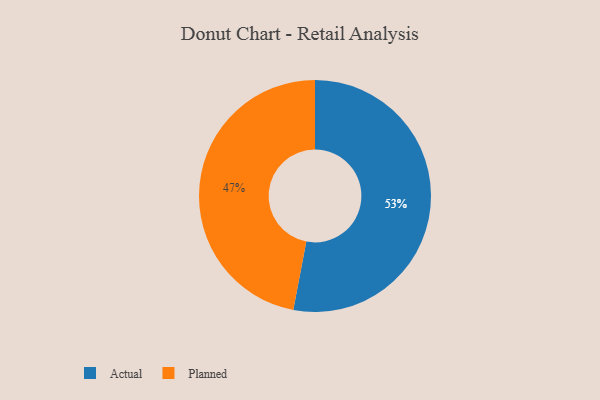
{"axis": {"x": "Category", "y": "Percentage"}, "legend": ["Actual", "Planned"], "data": [{"x": "Actual", "y": 53, "type": "Actual"}, {"x": "Planned", "y": 47, "type": "Planned"}]}